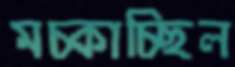
মচ্‌কাচ্ছিল